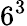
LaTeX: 6^{3}